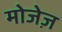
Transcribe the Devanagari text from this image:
मोजेज़